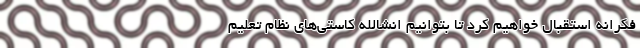
فکرانه استقبال خواهیم کرد تا بتوانیم انشالله کاستی‌های نظام تعلیم